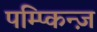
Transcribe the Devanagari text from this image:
पम्प्किन्ज़